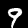
Label: 9